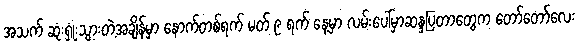
အသက် ဆုံးရှုံးသွားတဲ့အချိန်မှာ နောက်တစ်ရက် မတ် ၉ ရက် နေ့မှာ လမ်းပေါ်မှာဆန္ဒပြတာတွေက တော်တော်လေး